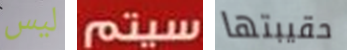
ليس سيتم حقيبتها